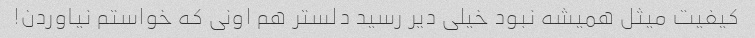
کیفیت میثل همیشه نبود خیلی دیر رسید دلستر هم اونی که خواستم نیاوردن!